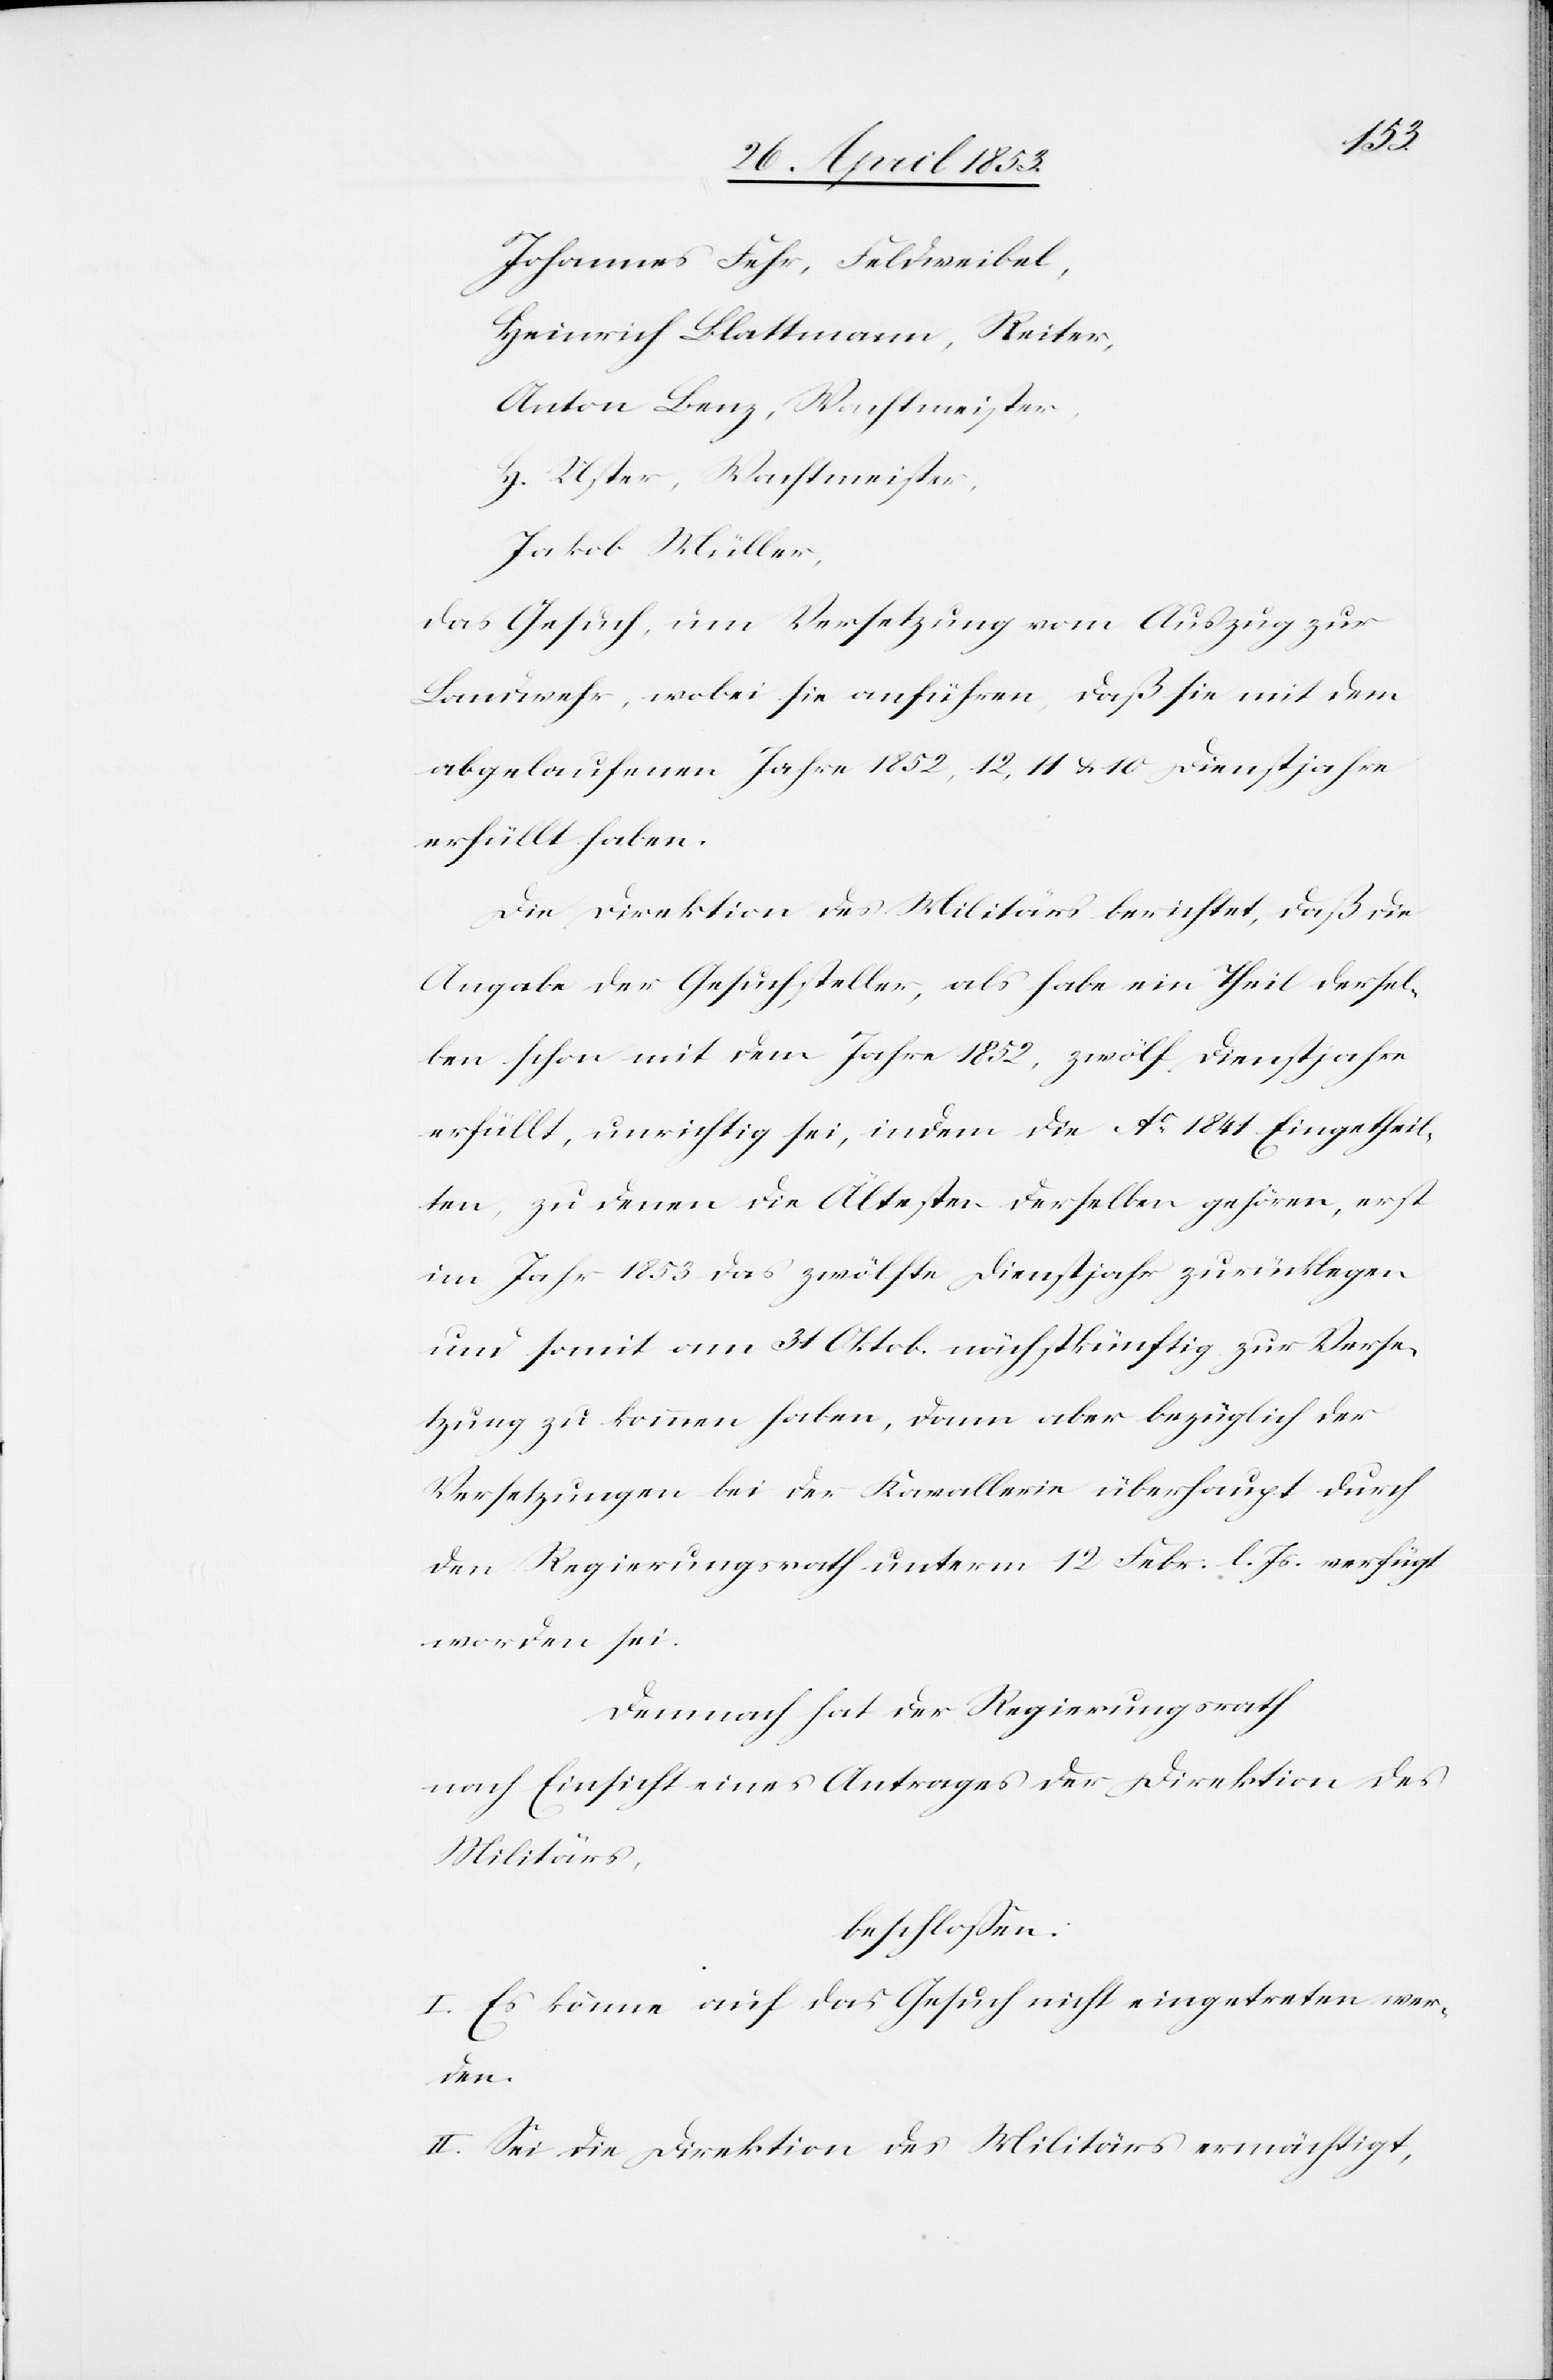
Johannes Fehr, Feldweibel,
Heinrich Blattmann, Reiter,
Anton Benz, Wachtmeister,
H. Uster, Wachtmeister,
Jakob Müller,
das Gesuch, um Versetzung vom Auszug zur
Landwehr, wobei sie anführen, daß sie mit dem
abgelaufenen Jahre 1852, 12, 11 u. 10 Dienstjahre
erfüllt haben.
Die Direktion des Militärs berichtet, daß die
Angabe der Gesuchsteller, als habe ein Theil dersel¬
ben schon mit dem Jahre 1852, zwölf Dienstjahre
erfüllt, unrichtig sei, indem die Ao. 1841 Eingetheil¬
ten, zu denen die Ältesten derselben gehören, erst
im Jahr 1853 das zwölfte Dienstjahr zurücklegen
und somit am 31 Oktob. nächstkünftig zur Verse¬
tzung zu kommen haben, dann aber bezüglich der
Versetzungen bei der Kavallerie überhaupt durch
den Regierungsrath unterm 12 Febr. l. Js. verfügt
worden sei.
Demnach hat der Regierungsrath
nach Einsicht eines Antrages der Direktion des
Militärs,
beschloßen:
I. Es könne auf das Gesuch nicht eingetreten wer¬
den.
II. Sei die Direktion des Militärs ermächtigt,